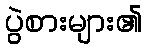
ပွဲစားများ၏